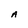
Character: A